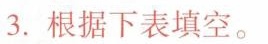
3.根据下表填空。